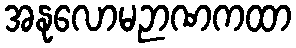
အနုလောမဉာဏကထာ